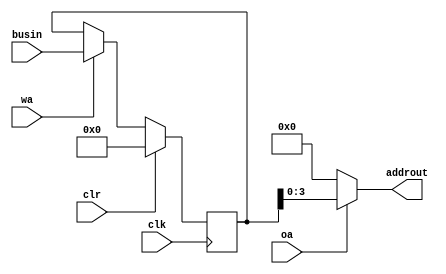
	/*************** INSTRUCTION REGISTER ****************
	* inputs: 7-bit input data vector(busin), clock(clk)
	* 	control signals: clear(clr),write enable(wa),
	* 		output enable(oa),
	* outputs: 4 most significant bits of instruction
	*   (input to control unit)('instout')
	******************************************************/

	module instreg(
	input[7:0] busin,
	input clk, clr, wa, oa,
	output[3:0] addrout);
	reg[7:0] store;

	assign addrout = (oa)? store[3:0]: 4'h0;

	always@ (posedge clk)
	begin
		if(clr)
			store= 8'h00;
		else if(wa)
			store= busin;
	end
	endmodule